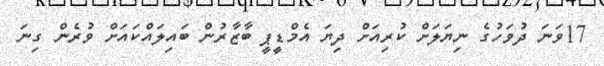
17ވަނަ ދުވަހުގެ ނިޔަލަށް ކުރިއަށް ދިޔަ އެމްޑީޕީ ބާޒާރުން ބައިލައްކައަށް ވުރެން ގިނަ